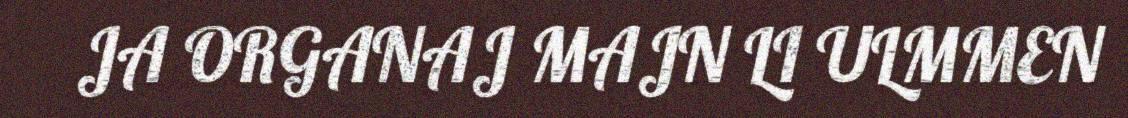
JA ORGANAJ MAJN LI ULMMEN